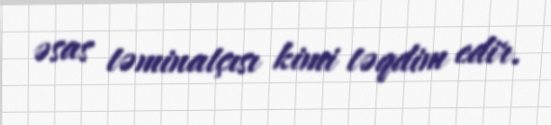
əsas təminatçısı kimi təqdim edir.